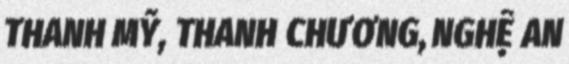
THANH MỸ, THANH CHƯƠNG, NGHỆ AN